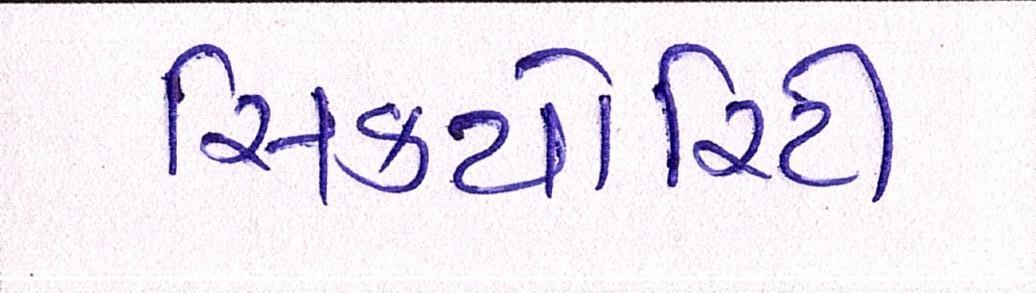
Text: સિક્યોરિટી